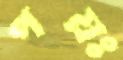
পয়ঃ